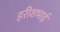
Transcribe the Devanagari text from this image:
हरीशभाई